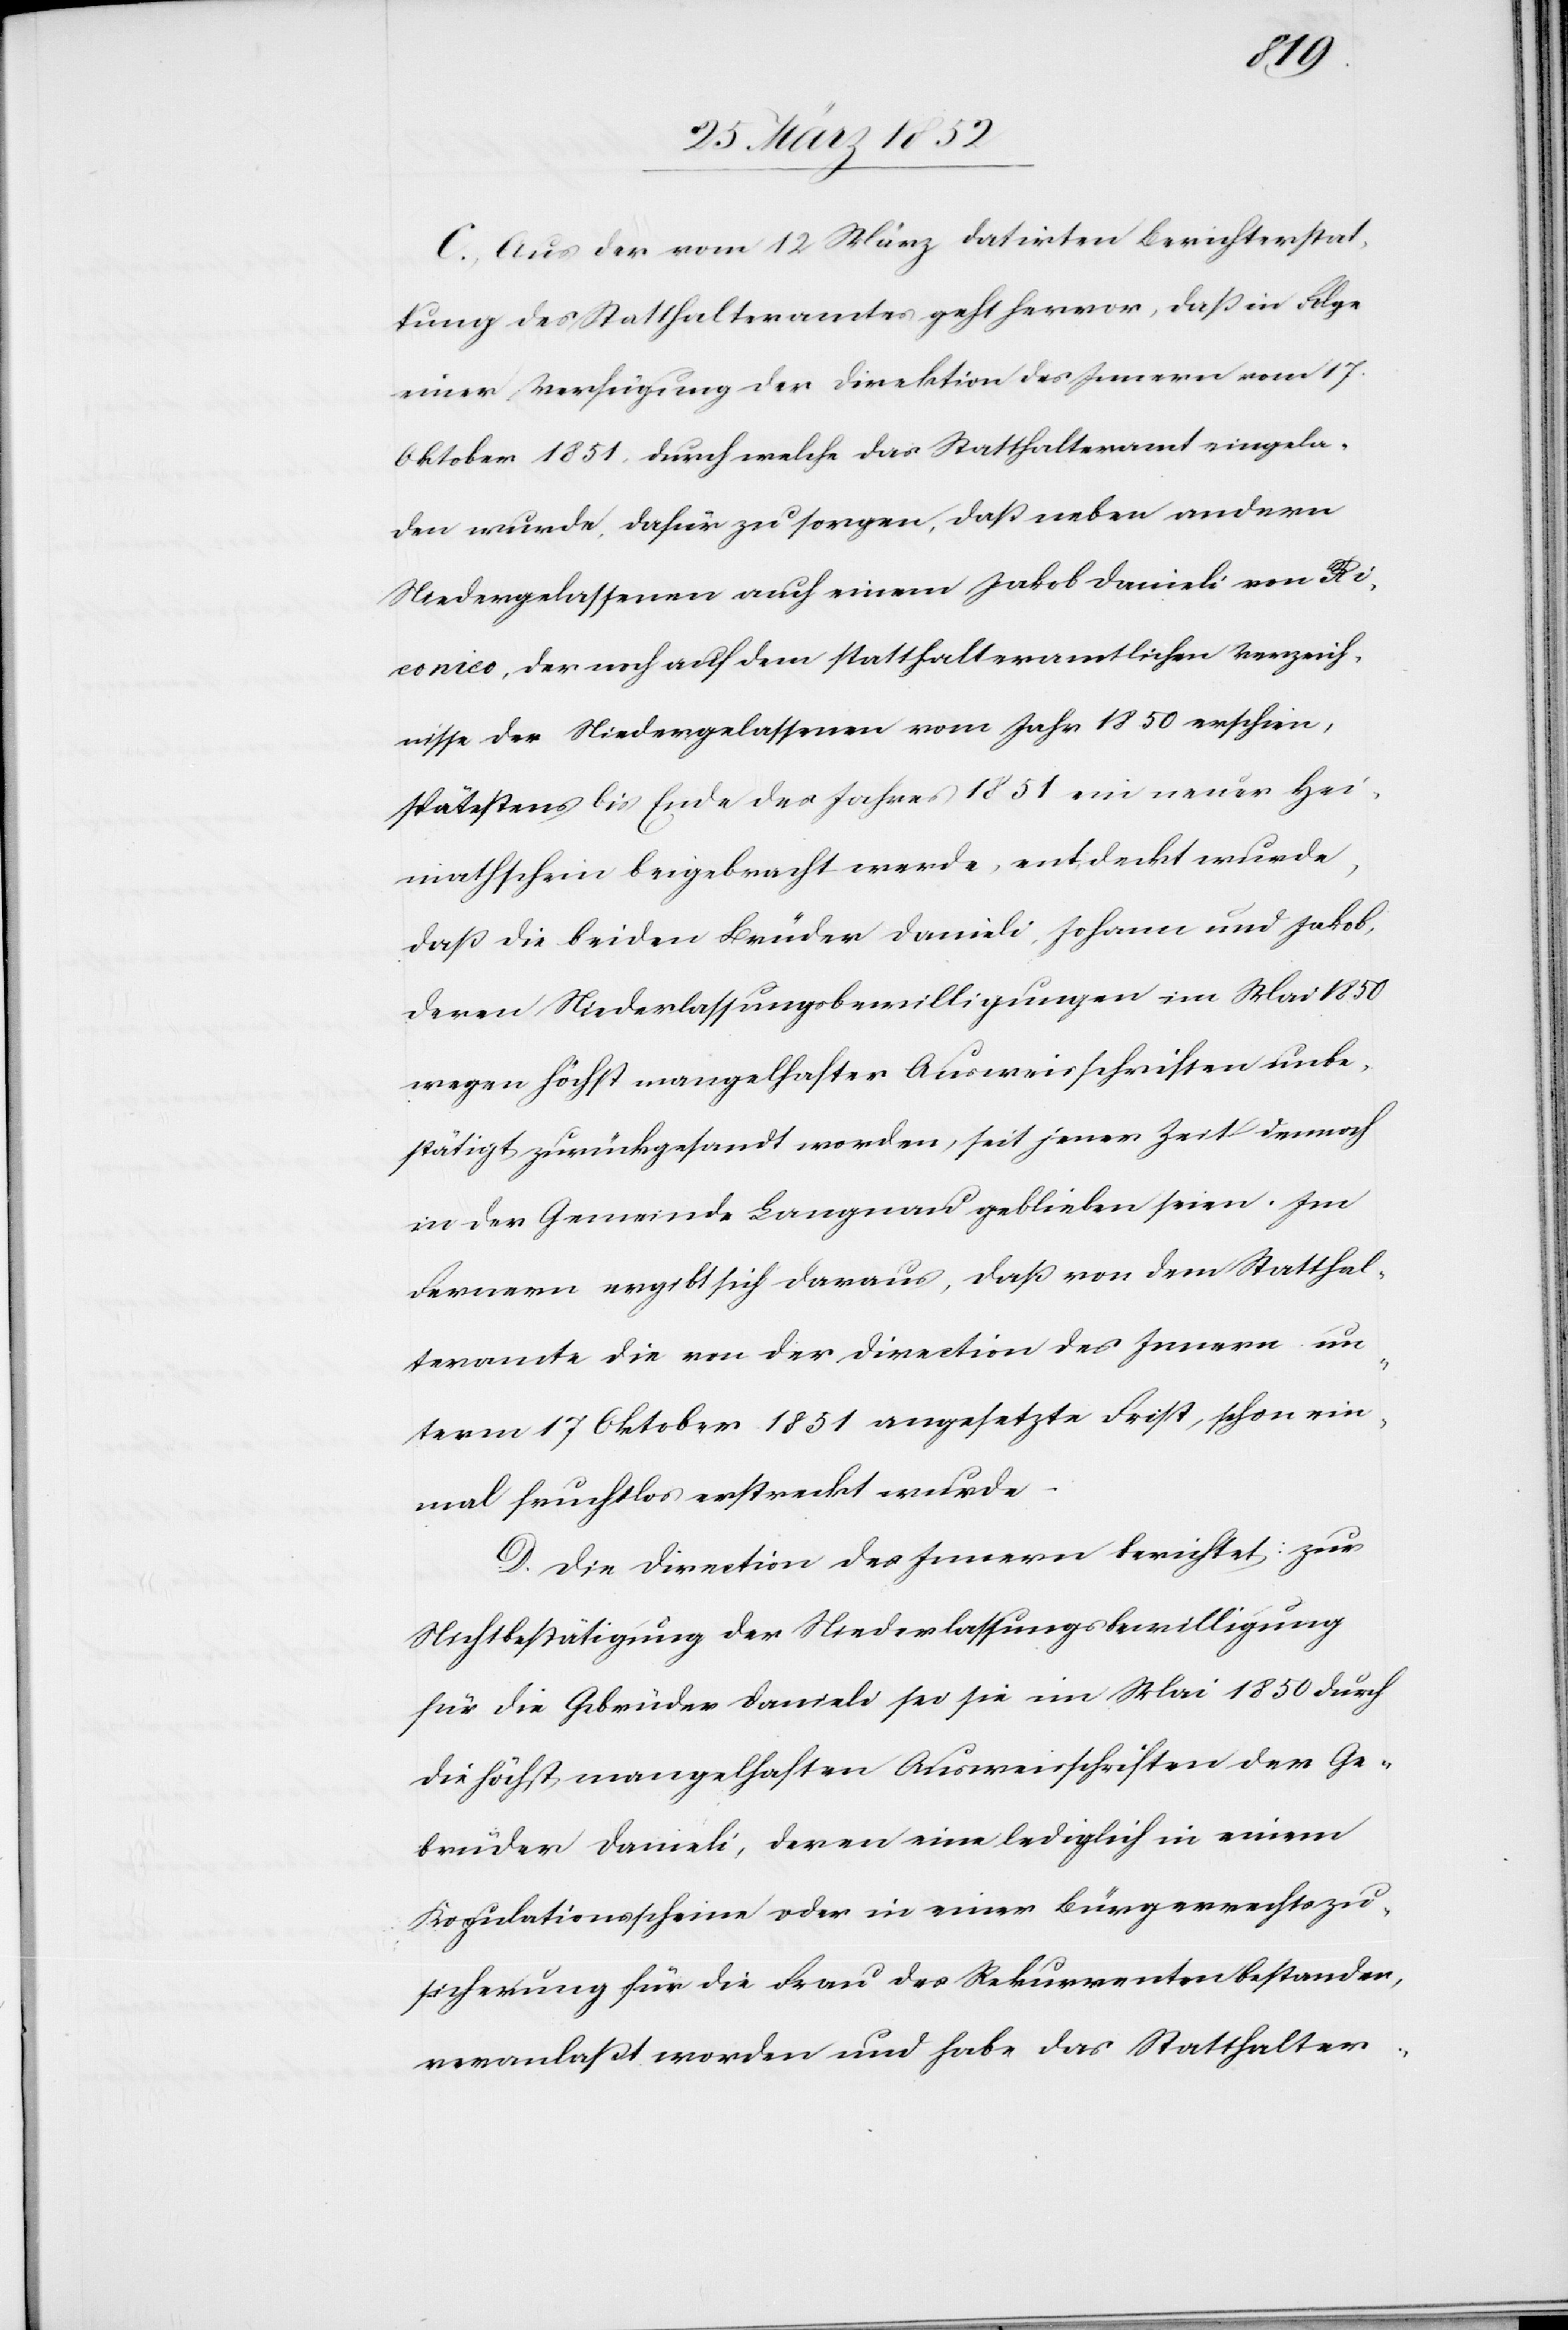
C. Aus der vom 12 März datirten Berichterstat¬
tung des Statthalteramtes geht hervor, daß in Folge
einer Verfügung der Direktion des Innern vom 17.
Oktober 1851 durch welche das Statthalteramt eingela¬
den wurde, dafür zu sorgen, daß neben andern
Niedergelassenen auch einem Jakob Danieli von Ri¬
conico, der noch auf dem statthalteramtlichen Verzeich¬
nisse der Niedergelassenen vom Jahr 1850 erschien,
spätestens bis Ende des Jahres 1851 ein neuer Hei¬
mathschein beigebracht werde, entdeckt wurde,
daß die beiden Brüder Danieli, Johann und Jakob,
deren Niederlassungsbewilligungen im Mai 1850
wegen höchst mangelhafter Ausweisschriften unbe¬
stätigt zurückgesandt worden, seit jener Zeit dennoch
in der Gemeinde Langnau geblieben seien. Im
Fernern ergibt sich daraus, daß von dem Statthal¬
teramte die von der Direction des Innern un¬
term 17 Oktober 1851 angesetzte Frist, schon ein¬
mal fruchtlos erstreckt wurde.
D. Die Direction des Innern berichtet: Zur
Nichtbestätigung der Niederlassungsbewilligung
für die Gebrüder Danieli sei sie im Mai 1850 durch
die höchst mangelhaften Ausweisschriften der Ge¬
brüder Danieli, deren eine lediglich in einem
Kopulationsscheine oder in einer Bürgerrechtszu¬
sicherung für die Frau des Rekurrenten bestanden,
veranlaßt worden und habe das Statthalter-